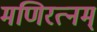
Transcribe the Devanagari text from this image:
मणिरत्‍नम्